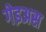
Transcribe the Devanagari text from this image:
गेइअस